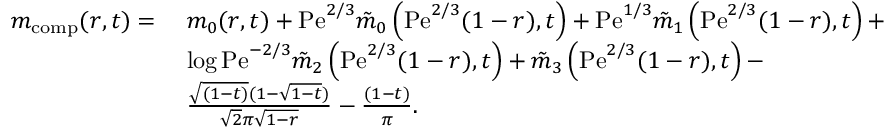
\begin{array} { r l } { m _ { \mathrm { c o m p } } ( r , t ) = } & { \; m _ { 0 } ( r , t ) + \mathrm { P e } ^ { 2 / 3 } \tilde { m } _ { 0 } \left( \mathrm { P e } ^ { 2 / 3 } ( 1 - r ) , t \right) + \mathrm { P e } ^ { 1 / 3 } \tilde { m } _ { 1 } \left( \mathrm { P e } ^ { 2 / 3 } ( 1 - r ) , t \right) + } \\ & { \; \log \mathrm { P e } ^ { - 2 / 3 } \tilde { m } _ { 2 } \left( \mathrm { P e } ^ { 2 / 3 } ( 1 - r ) , t \right) + \tilde { m } _ { 3 } \left( \mathrm { P e } ^ { 2 / 3 } ( 1 - r ) , t \right) - } \\ & { \; \frac { \sqrt { ( 1 - t ) } ( 1 - \sqrt { 1 - t } ) } { \sqrt { 2 } \pi \sqrt { 1 - r } } - \frac { ( 1 - t ) } { \pi } . } \end{array}